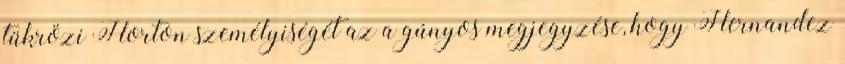
tükrözi Horton személyiségét az a gúnyos megjegyzése, hogy Hernandez